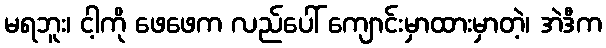
မရဘူး၊ ငါ့ကို ဖေဖေက လည်ပေါ် ကျောင်းမှာထားမှာတဲ့၊ အဲဒီက